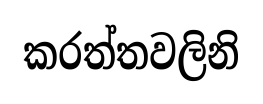
කරත්තවලිනි